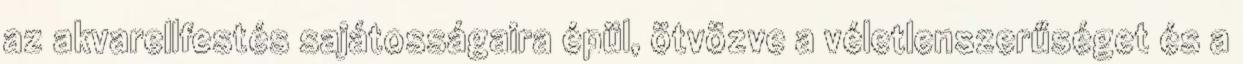
az akvarellfestés sajátosságaira épül, ötvözve a véletlenszerűséget és a